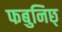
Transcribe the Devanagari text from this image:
फबुनिछ्